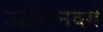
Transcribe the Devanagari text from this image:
उद्बोधनवर्ग